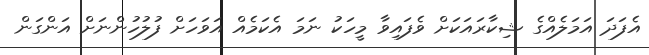
އެފަދަ އަމަލެއްގެ ޝިކާރައަކަށް ވެފައިވާ މީހަކު ނަމަ އެކަމެއް އަވަހަށް ފުލުހުންނަށް އަންގަން